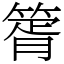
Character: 䈝